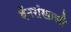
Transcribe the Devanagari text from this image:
बॅनरांखाली